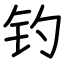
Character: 钓